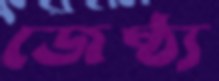
জেষ্ঠ্য